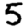
Digit: 5